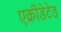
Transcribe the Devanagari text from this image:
एक्रीडेटेड